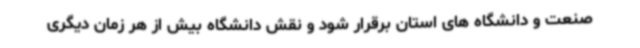
صنعت و دانشگاه های استان برقرار شود و نقش دانشگاه بیش از هر زمان دیگری